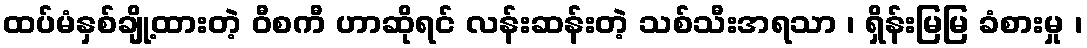
ထပ်မံနှစ်ချို့ထားတဲ့ ဝီစကီ ဟာဆိုရင် လန်းဆန်းတဲ့ သစ်သီးအရသာ ၊ ရှိန်းမြမြ ခံစားမှု ၊